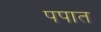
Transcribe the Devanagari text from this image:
पपात